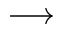
\longrightarrow